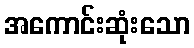
အကောင်းဆုံးသော